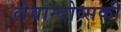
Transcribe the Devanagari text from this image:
लेवान्दोव्सकी